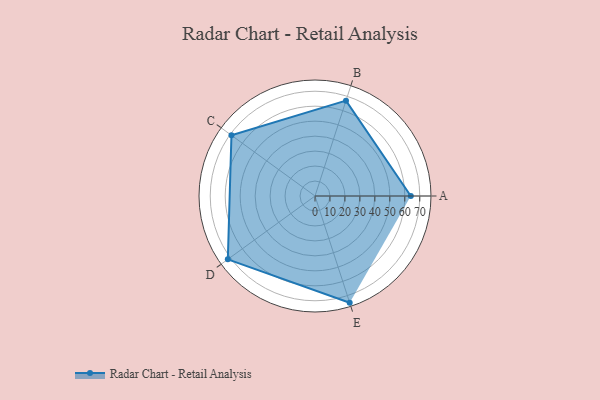
{"axis": {"x": "Skill", "y": "Score"}, "legend": ["Profile"], "data": [{"x": "A", "y": 64.0, "type": "Profile"}, {"x": "B", "y": 67.0, "type": "Profile"}, {"x": "C", "y": 69.0, "type": "Profile"}, {"x": "D", "y": 72.0, "type": "Profile"}, {"x": "E", "y": 75.0, "type": "Profile"}]}